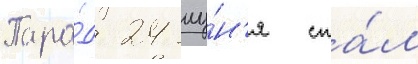
Пара́д 24 иу́н'я ста́л